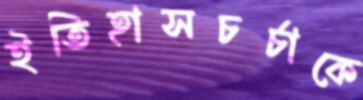
ইতিহাসচর্চাকে